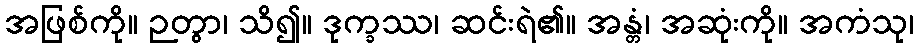
အဖြစ်ကို။ ဉတွာ၊ သိ၍။ ဒုက္ခဿ၊ ဆင်းရဲ၏။ အန္တံ၊ အဆုံးကို။ အကံသု၊